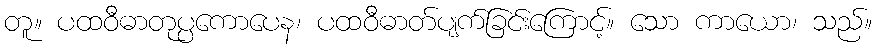
တူ။ ပထဝီဓာတုပ္ပကောပေန၊ ပထဝီဓာတ်ပျက်ခြင်းကြောင့်။ သော ကာယော၊ သည်။